Annual report of the Central Committee of the Association together with the report of the directors of the Pasteur Institute at Kasauli
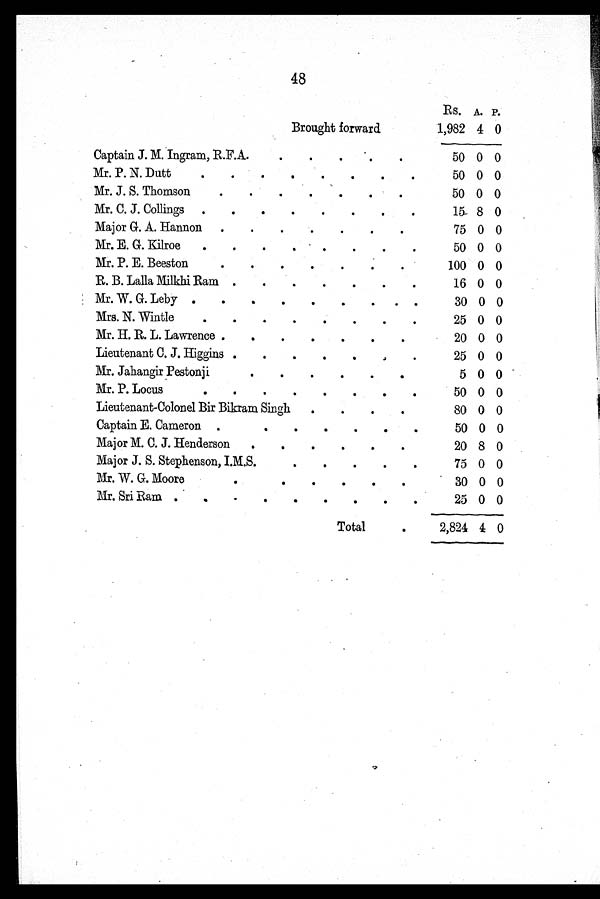
48
Rs. A. P.
Brought forward
1,982 4 0
Captain J. M. Ingram, R.F.A.
50 0 0
Mr. P. N. Dutt
50 0 0
Mr. J. S. Thomson
50 0 0
Mr. C. J. Collings
15 8 0
Major G. A. Hannon
75 0 0
Mr. E. G. Kilroe
50 0 0
Mr. P. E. Beeston
100 0 0
R. B. Lalla Milkhi Ram
16 0 0
Mr. W. G. Leby
30 0 0
Mrs. N. Wintle
25 0 0
Mr. H. R. L. Lawrence
20 0 0
Lieutenant C. J. Higgins
25 0 0
Mr. Jahangir Pestonji
5 0 0
Mr. P. Locus
50 0 0
Lieutenant-Colonel Bir Bikram Singh
80 0 0
Captain E. Cameron
50 0 0
Major M. C. J. Henderson
20 8 0
Major J. S. Stephenson, I.M.S.
75 0 0
Mr. W. G. Moore
30 0 0
Mr. Sri Ram
25 0 0
Total
2,824 4 0